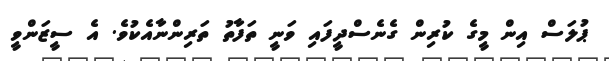
ޕުލަސް އިން މީގެ ކުރިން ގެނެސްދީފައި ވަނީ ތަފާތު ތަރިންނާއެކުވެ. އެ ސީޒަންވީ